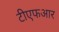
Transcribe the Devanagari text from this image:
टीएफआर